Annual report on the mental hospital in the Central Provinces and Berar (Nagpur) - 1927-1951
Year: 1927
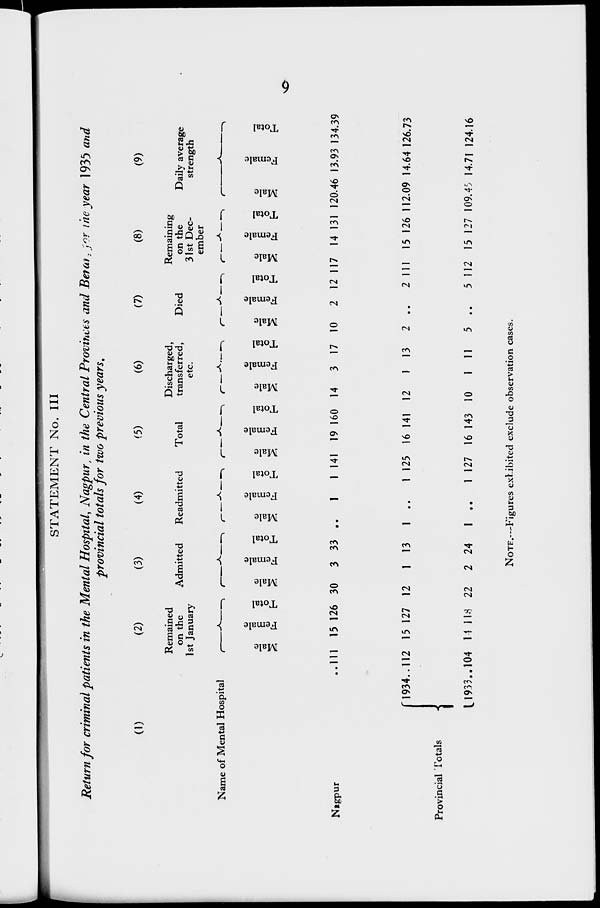
9
STATEMENT No. III
Return for criminal patients in the Mental Hospital, Nagpur, in the Central Provinces and Berar, for the year 1935 and
provincial totals for two previous years.
(1)
Name of Mental Hospital
Nagpur
..
Provincial Totals
1934 ..
1933 ..
(2)
Remained
on the
1st January
Male
111
112
104
Female
15
15
14
Total
126
127
118
(3)
Admitted
Male
30
12
22
Female
3
1
2
Total
33
13
24
(4)
Readmitted
Male
..
1
1
Female
1
..
..
Total
1
1
1
(5)
Total
Male
141
125
127
Female
19
16
16
Total
160
141
143
(6)
Discharged,
transferred,
etc.
Male
14
12
10
Female
3
1
1
Total
17
13
11
(7)
Died
Male
10
2
5
Female
2
..
..
Total
12
2
5
(8)
Remaining
on the
31st Dec-
ember
Male
117
111
112
Female
14
15
15
Total
131
126
127
(9)
Daily average
strength
Male
120.46
112.09
109.45
Female
13.93
14.64
14.71
Total
134.39
126.73
124.16
NOTE.—Figures exhibited exclude observation cases.